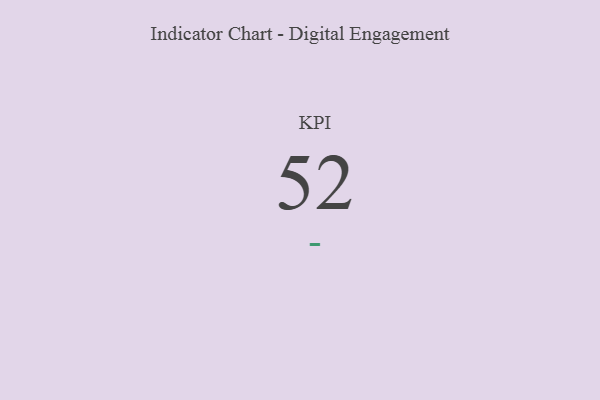
{"axis": {"x": "KPI", "y": "Value"}, "legend": [""], "data": [{"x": "KPI", "y": 52, "type": ""}]}